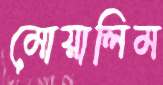
মোয়ালিম